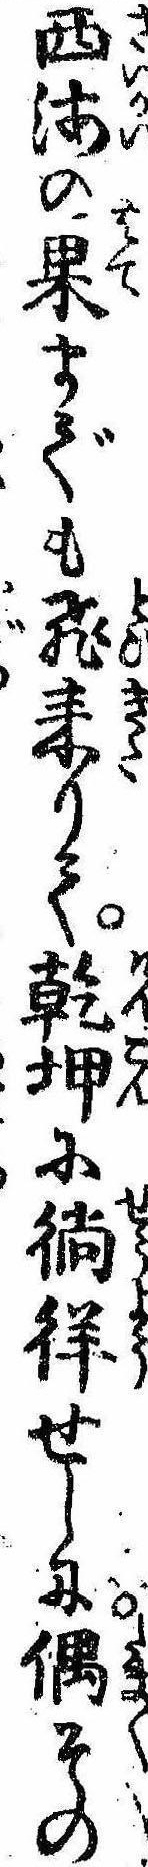
西海の果までも飛来りて乾坤に徜徉せしに偶その